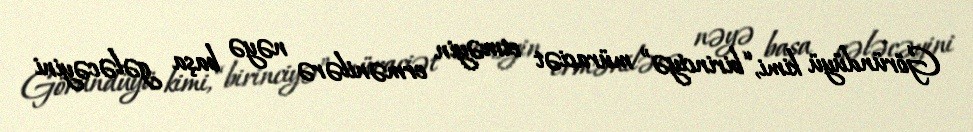
Göründüyü kimi, “birinciyə” müraciət etməyin ermənilərə nəyə başa gələcəyini